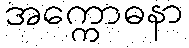
အက္ကောဓနာ